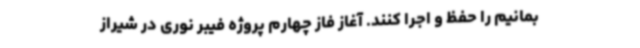
بمانیم را حفظ و اجرا کنند. آغاز فاز چهارم پروژه فیبر نوری در شیراز